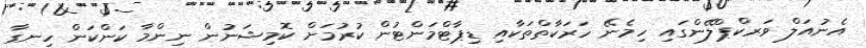
އެނުއަލް ވަރކްޕްލޭންގައި ހިމެނޭ ހަރަކާތްތަކާއި ޑިޕާޓްމަންޓުން ކުރުމަށް ކޮމިޝަނުން ނިންމާ ކަންކަން ހިނގާ